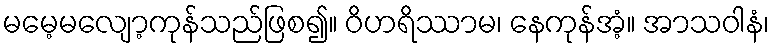
မမေ့မလျော့ကုန်သည်ဖြစ၍။ ဝိဟရိဿာမ၊ နေကုန်အံ့။ အာသဝါနံ၊